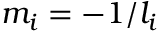
m _ { i } = - 1 / l _ { i }